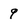
Character: 9